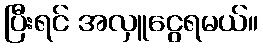
ပြီးရင် အလှူငွေရမယ်။